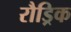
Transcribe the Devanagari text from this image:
रौड्रिक